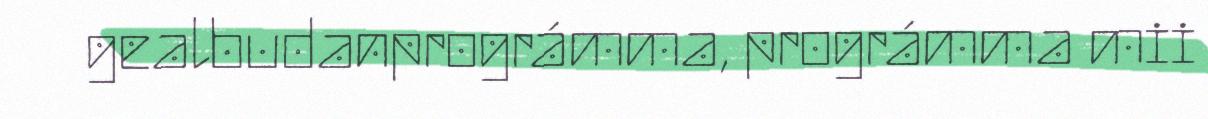
gealbudanprográmma, prográmma mii